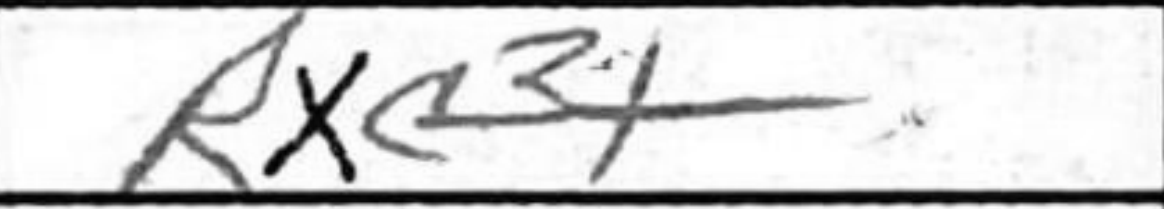
Transcription: Rxc3+